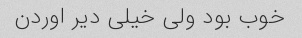
خوب بود ولی خیلی دیر اوردن